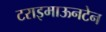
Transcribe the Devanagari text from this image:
टराइमाऊनटेन